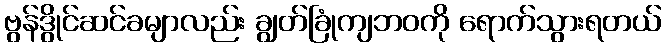
ဗွန်ဒွိုင်ဆင်ခမျာလည်း ချွတ်ခြုံကျဘဝကို ရောက်သွားရတယ်